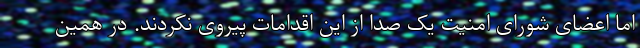
اما اعضای شورای امنیت یک صدا از این اقدامات پیروی نکردند. در همین